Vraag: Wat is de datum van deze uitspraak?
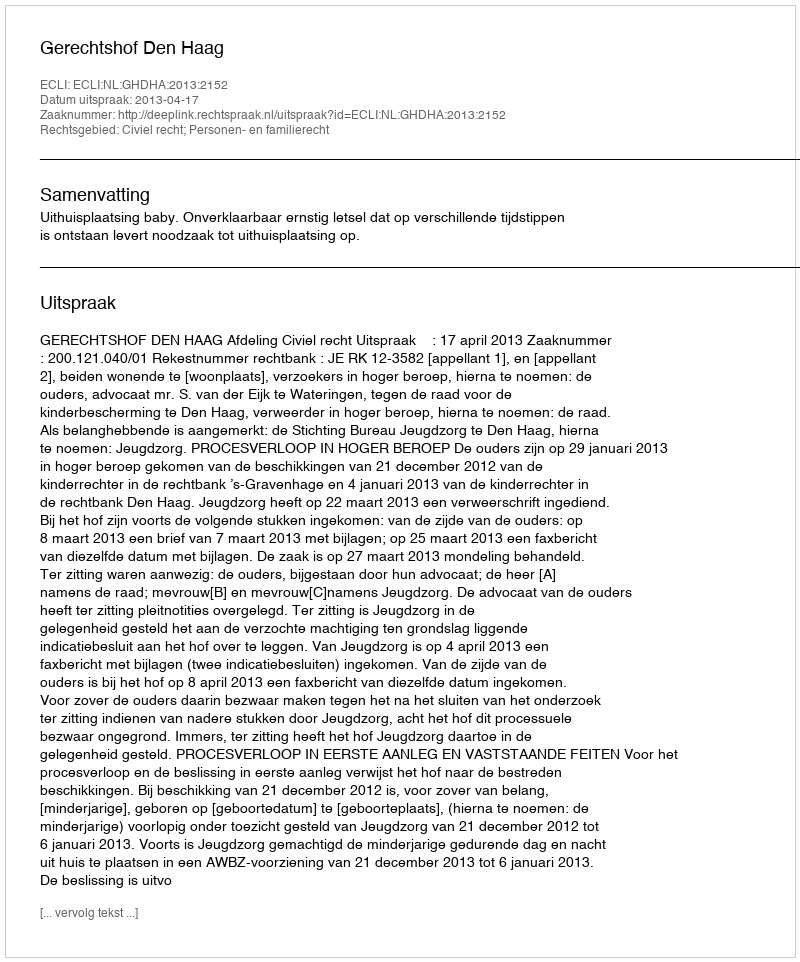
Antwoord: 2013-04-17